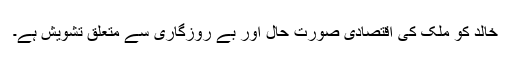
خالد کو ملک کی اقتصادی صورت حال اور بے روزگاری سے متعلق تشویش ہے۔